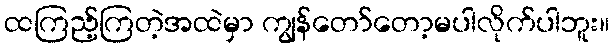
ထကြည့်ကြတဲ့အထဲမှာ ကျွန်တော်တော့မပါလိုက်ပါဘူး။